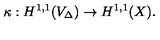
\kappa : H ^ { 1 , 1 } ( V _ { \Delta } ) \to H ^ { 1 , 1 } ( X ) .